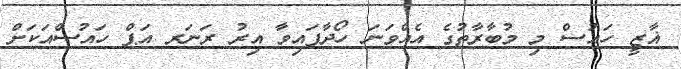
ޣާޒީ ހައުސް މި މުބާރާތުގެ އެއްވަނަ ހޯދާފައިވާ އިރު ރަނަރ އަޕް ހައުސްއަަކަށް